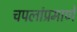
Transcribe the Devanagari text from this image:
चपलांप्रमाणे